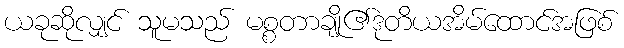
ယခုဆိုလျှင် သူမသည် မစ္စတာချို၏ဒုတိယအိမ်ထောင်အဖြစ်